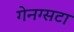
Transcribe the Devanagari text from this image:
गेनग्सटा